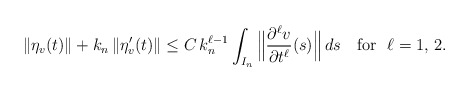
\begin{align*}\|\eta_v(t)\|+k_n\,\|\eta_v'(t)\|\le C\, k_n^{\ell-1}\int_{I_n}\Big\|\frac{\partial^\ell v}{\partial t^\ell} (s)\Big\|\,ds\quad{\rm for}~~\ell=1,\,2.\end{align*}